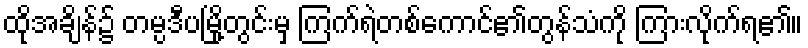
ထိုအချိန်၌ တမ္ပဒီပမြို့တွင်းမှ ကြက်ရဲတစ်ကောင်၏တွန်သံကို ကြားလိုက်ရ၏။